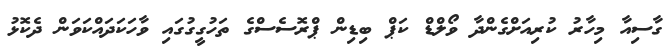
ގާސިއާ މިހާރު ކުރިއަށްގެންދާ ވޯލްޑް ކަޕް ބިޑިން ޕްރޮސެސްގެ ތަހުގީގުގައި ވާހަކަދައްކަވަން ދެކޮޅު